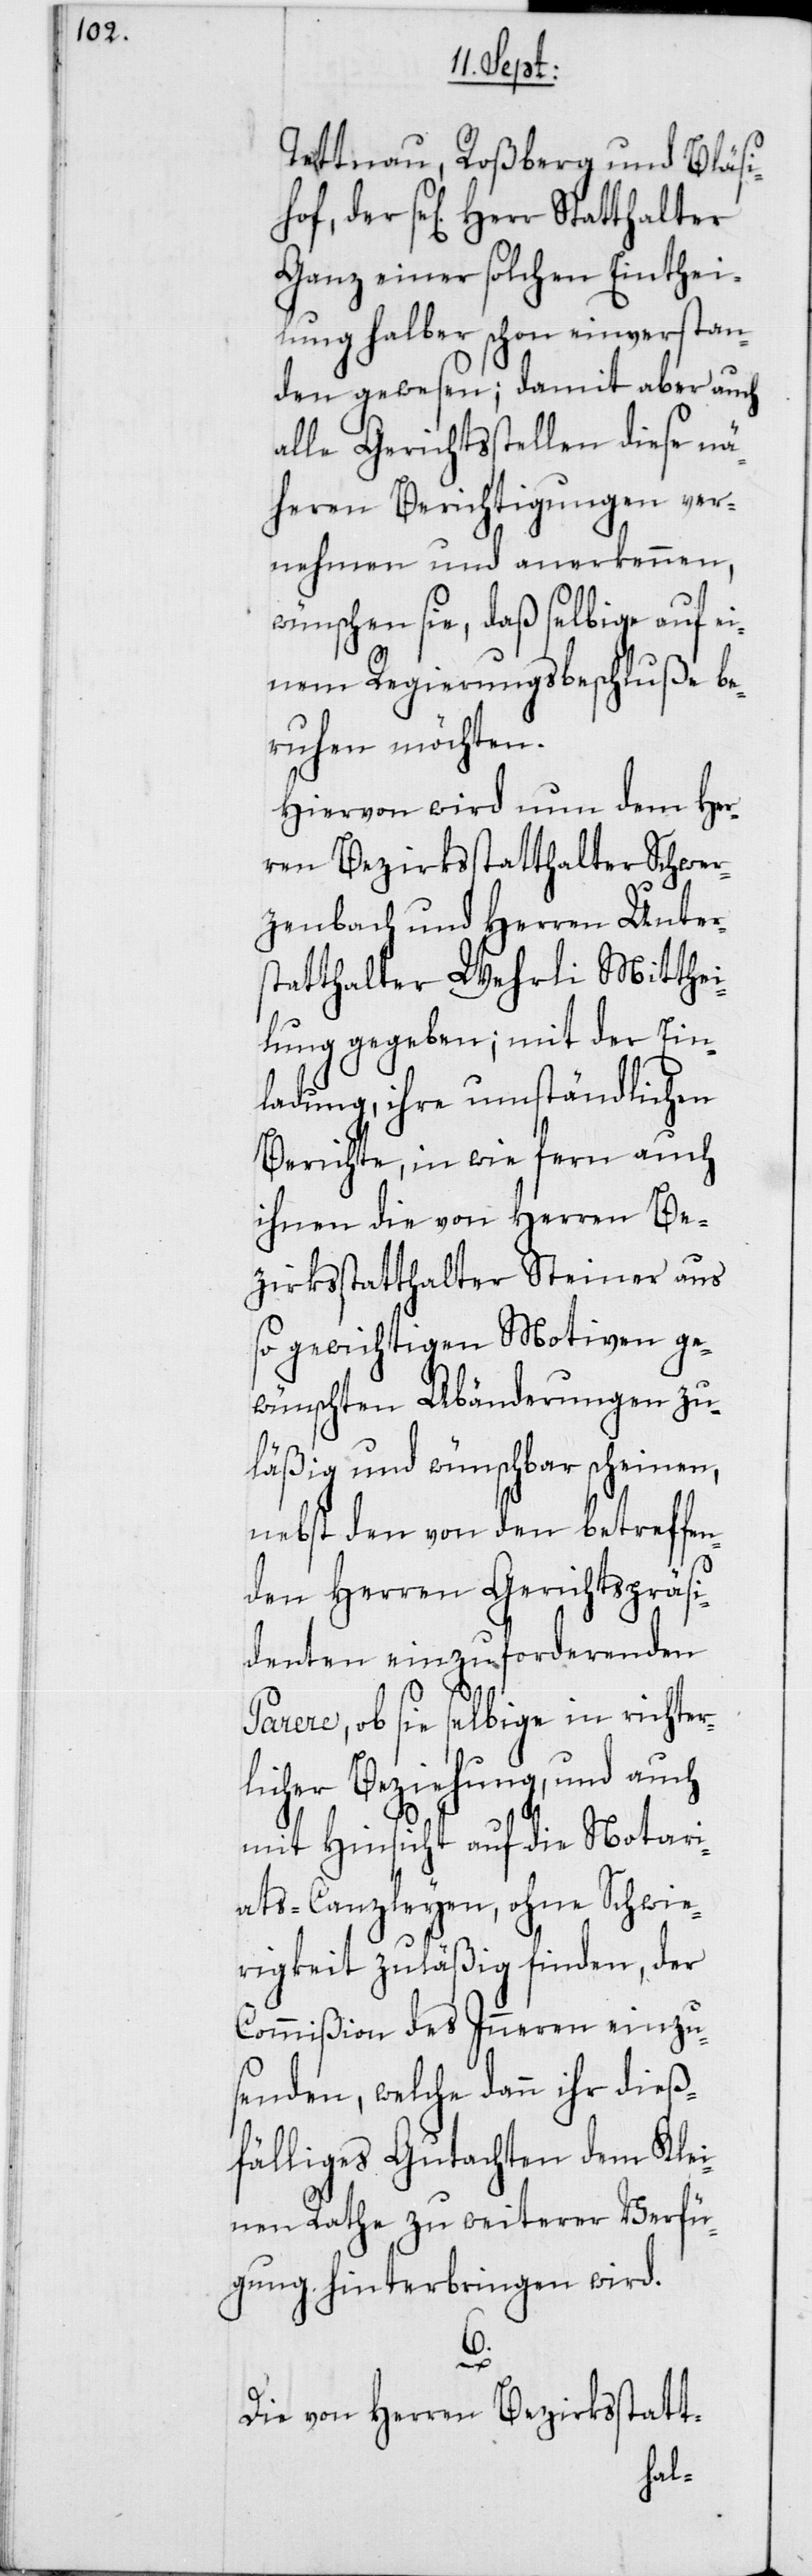
Tettnau, Roßberg und Bläsi¬
der se[lig] Herr Statthalter
Ganz einer solchen Einthei¬
lung halber schon einverstan¬
den gewesen; damit aber auch
alle Gerichtsstellen diese nä¬
heren Berichtigungen ver¬
nehmen und anerkennen,
wünschen sie, daß selbige auf ei¬
nem Regierungsbeschluße be¬
ruhen möchten.
Hiervon wird nun dem Her¬
ren Bezirksstatthalter Schwer¬
zenbach und Herren Unter¬
statthalter Wehrli Mitthei¬
lung gegeben; mit der Ein¬
ladung, ihre umständlichen
Berichte, in wie fern auch
ihnen die von Herren Be¬
zirksstatthalter Steiner aus
so gewichtigen Motiven ge¬
wünschten Abänderungen zu¬
läßig und wünschbar scheinen,
nebst den von den betreffe¬
nden HerrenGerichtspräsi¬
denten einzuforderenden
Parere, ob sie selbige in richter¬
licher Beziehung, und auch
mit Hinsicht auf die Notari¬
ats-Canzleyen, ohne Schwie¬
rigkeit zuläßig finden, der
Commißion des Inneren einzu¬
senden, welche dann ihr dieß¬
fälliges Gutachten dem Klei¬
nen Rathe zu weiterer Verfü¬
gung hinterbringen wird.
6.
Die von Herren Bezirksstatt-
hof,